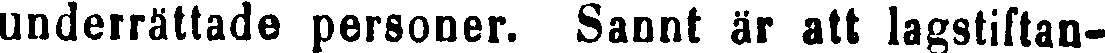
underrättade personer. Sannt är att lagstiftan-